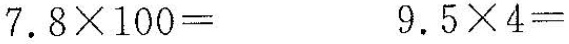
$$7.8 \times 100=$$ $$9.5 \times 4=$$